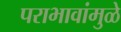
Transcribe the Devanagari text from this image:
पराभावांमुळे